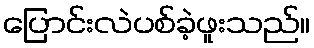
ပြောင်းလဲပစ်ခဲ့ဖူးသည်။